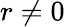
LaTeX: r\not=0